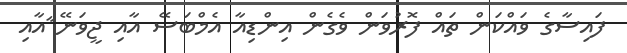
ފައިސާގެ ވައްކަން ތައް ފޮރުވަން ވެގެން އިންޑިއާ އެމްބަސޭ އާއި ޖީވަނޭ ާއާއި